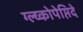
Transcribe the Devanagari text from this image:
ग्ल्य्कोपेप्तिदे